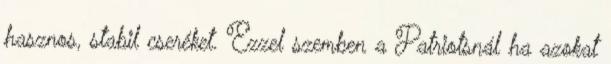
hasznos, stabil cseréket. Ezzel szemben a Patriotsnál ha azokat